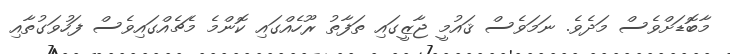
މާބޮޑަށްވެސް މަދެވެ. ނަމަވެސް ޤައުމީ ޖާޒީގައި ތަފާތު ރޫހެއްގައި ކޮންމެ މެޗެއްގައިވެސް ފަހުވަގުތާއި